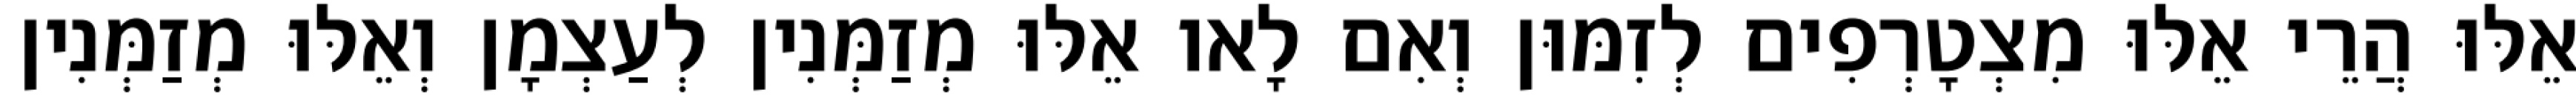
אֵלּוּ הֲרֵי אֵלּוּ מִצְטָרְפִים לְזִמּוּן וְאִם לָאו אֵלּוּ מְזַמְּנִין לְעַצְמָן וְאֵלּוּ מְזַמְּנִין